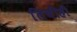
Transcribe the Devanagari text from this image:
तिचीही